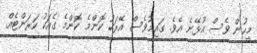
މީހުން ވެސް އުޅޭނެ އެވެ. ގައިމުވެސް އޭރަކު ކޮންމެ ކޮންމެ ގެއަކު ކަރަންޓެއް